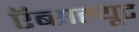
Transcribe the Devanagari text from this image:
ऍब्सल्यूट